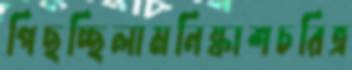
পিছচ্ছিলামনিষ্কাশচরিত্র